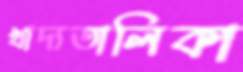
খাদ্যতালিকা